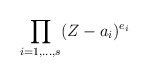
\begin{align*}\prod_{i=1,\ldots, s}(Z - a_i)^{e_i}\end{align*}